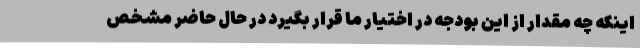
اینکه چه مقدار از این بودجه در اختیار ما قرار بگیرد در حال حاضر مشخص